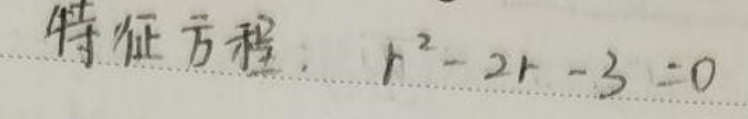
特征方程：\(r^2 - 2r - 3 = 0\)